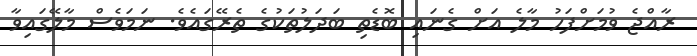
ރާއްޖެ ވުމަށްފަހު މާލެ އަށް ގެނައި ބޮޑެތި ބަދަލުތަކުގެ ތެރޭގައެވެ. ނަމަވެސް މާލޭގައިވާ